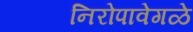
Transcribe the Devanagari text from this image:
निरोपावेगळे